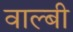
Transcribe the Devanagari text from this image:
वाल्बी